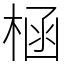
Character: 㮀